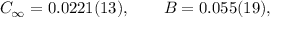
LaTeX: C _ { \infty } = 0 . 0 2 2 1 ( 1 3 ) , \qquad B = 0 . 0 5 5 ( 1 9 ) ,